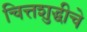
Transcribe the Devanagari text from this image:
चित्तशुद्धीचे